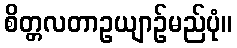
စိတ္တလတာဥယျာဉ်မည်ပုံ။